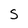
Character: s